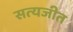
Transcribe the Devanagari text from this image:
सत्‍यजीत